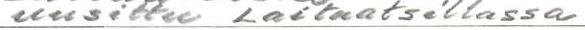
uusittu Laitaatsillassa